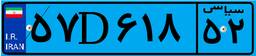
۷۲D۳۰۶۱۰